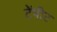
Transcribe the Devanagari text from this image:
टेंपीट